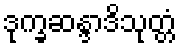
ဒုက္ခဆန္ဒာဒိသုတ္တံ